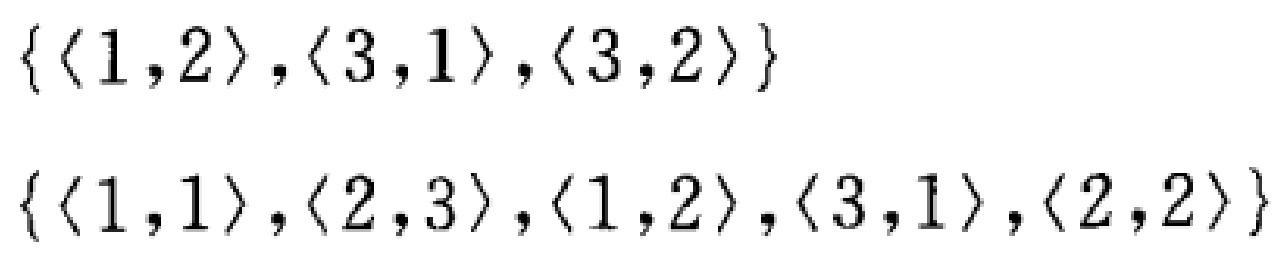
\(\{\langle 1,2\rangle,\langle 3,1\rangle,\langle 3,2\rangle\}\)

\(\{\langle 1,1\rangle,\langle 2,3\rangle,\langle 1,2\rangle,\langle 3,1\rangle,\langle 2,2\rangle\}\)